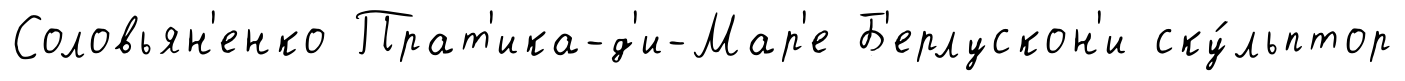
Соловьян'енко Прат'ика-д'и-Мар'е Б'ерлускон'и ску́льптор